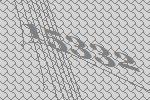
15332